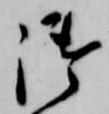
御